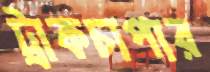
ট্রাকচাপার